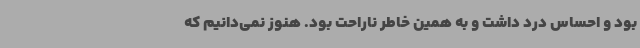
بود و احساس درد داشت و به همین خاطر ناراحت بود. هنوز نمی‌دانیم که